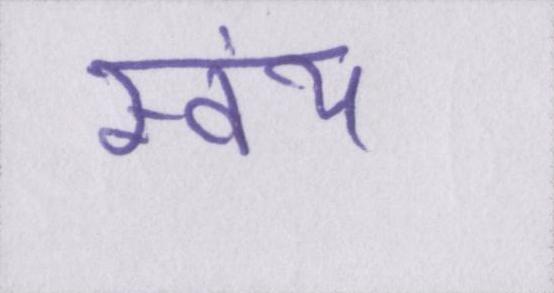
स्वंय